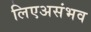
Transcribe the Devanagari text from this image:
लिएअसंभव